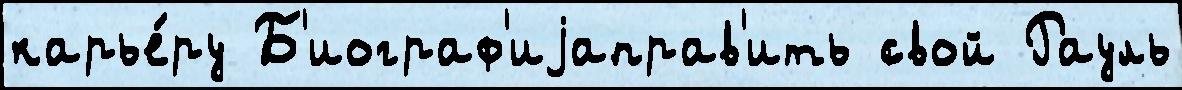
карье́ру Б'иограф'иjаправ'ить свой Рауль